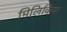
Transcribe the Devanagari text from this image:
मिलिकिया